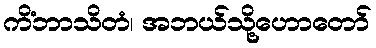
ကိံဘာသိတံ၊ အဘယ်သို့ဟောတော်